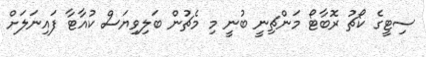
ސިޓީގެ ކޯޗު ރޮބާޓޯ މަންޗިނީ ބުނީ މި މެޗުން ބަލިވިޔަސް ކުއާޓާ ފައިނަލަށް